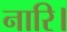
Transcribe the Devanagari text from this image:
नारि।